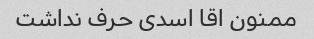
ممنون اقا اسدی حرف نداشت